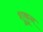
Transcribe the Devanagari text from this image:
शुकून